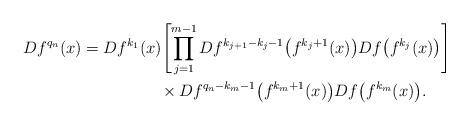
LaTeX: \begin{align*}Df^{q_n}(x)=Df^{k_1}(x)\!&\left[\prod_{j=1}^{m-1}Df^{k_{j+1}-k_j-1}\big(f^{k_j+1}(x)\big)Df\big(f^{k_j}(x)\big)\right] \\ & \times Df^{q_n-k_m-1}\big(f^{k_m+1}(x)\big)Df\big(f^{k_m}(x)\big).\end{align*}